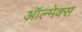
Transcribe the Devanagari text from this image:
ऑल्मेक्स